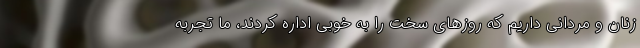
زنان و مردانی داریم که روزهای سخت را به خوبی اداره کردند، ما تجربه